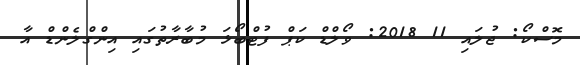
މޮސްކޯ: ޖުލައި 11 2018: ވޯލްޑް ކަޕް ފުޓްބޯޅަ މުބާރާތުގައި އިންގްލެންޑް އާ